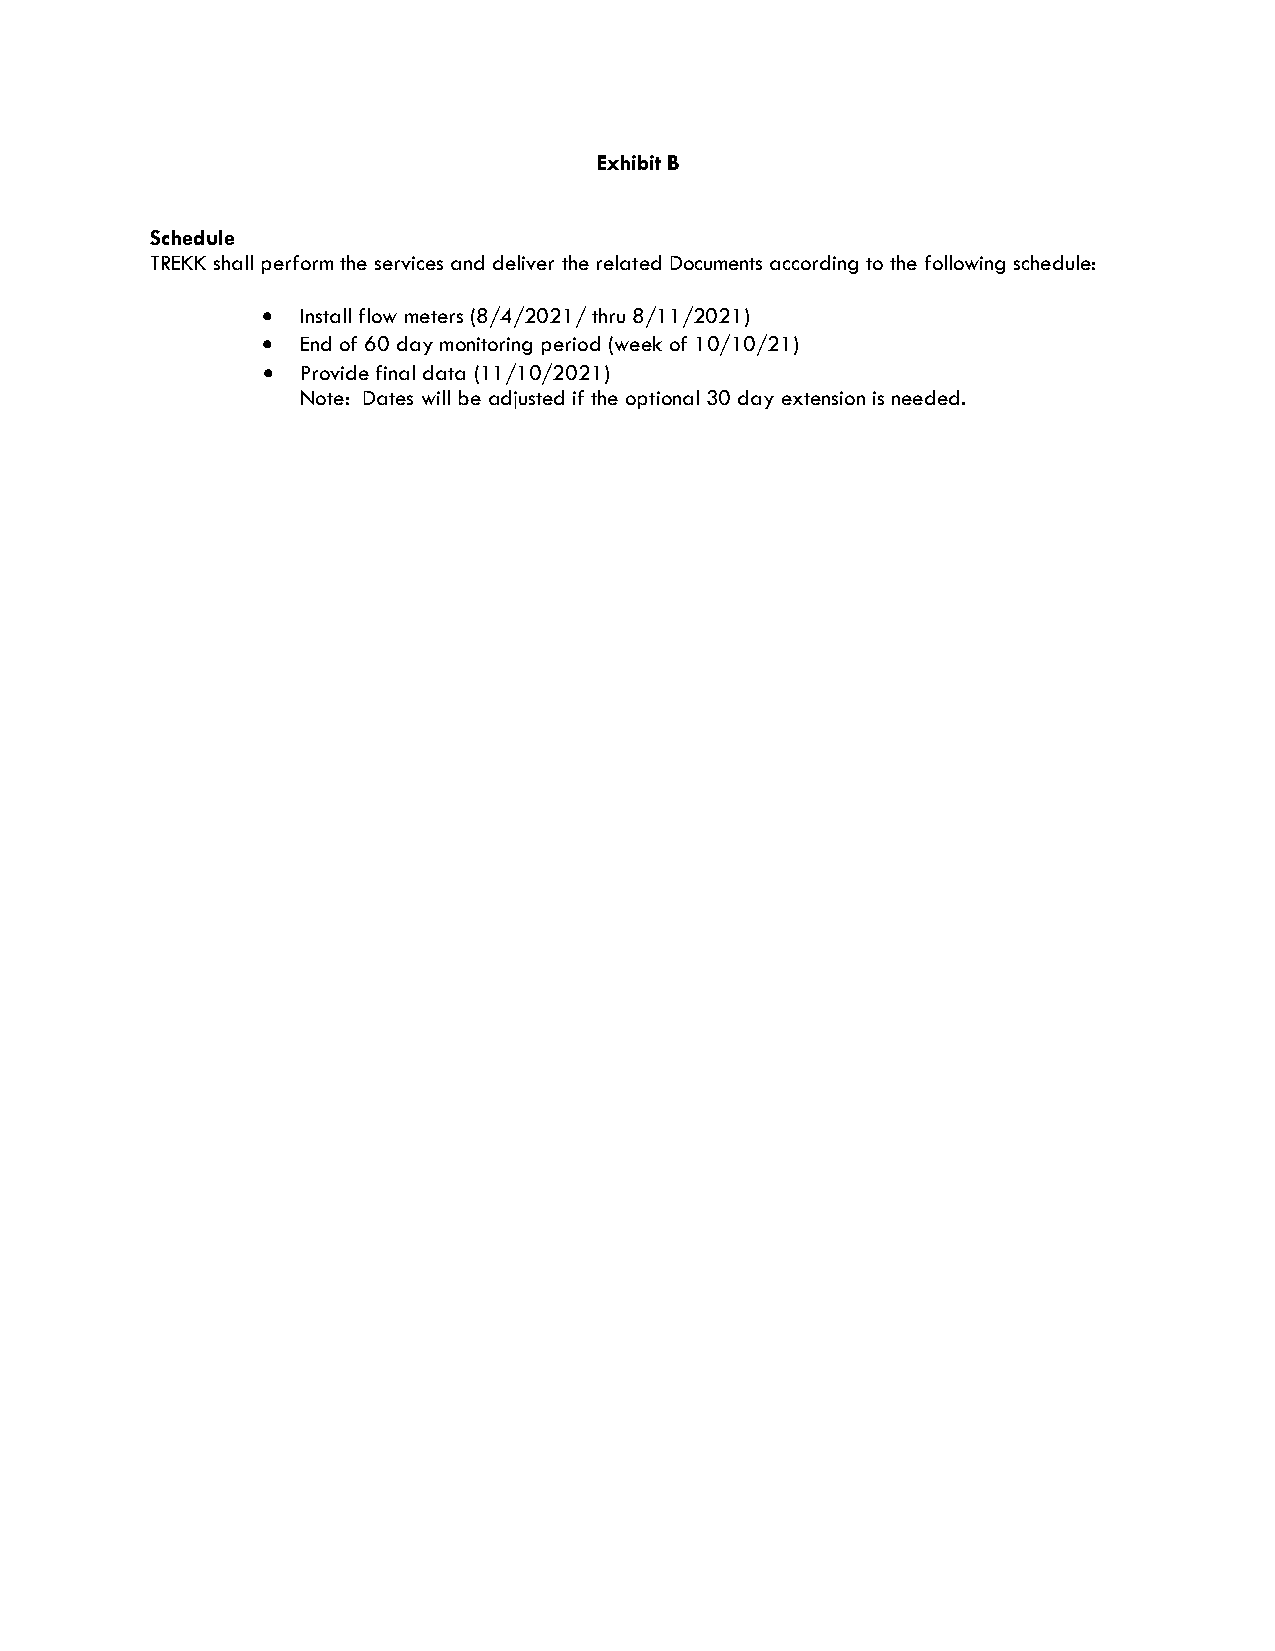
Exhibit B
 Schedule
 TREKK shall perform the services and deliver the related Documents according to the following schedule:
 •  Install flow meters (8/4/2021/ thru 8/11/2021)
 •  End of 60 day monitoring period (week of 10/10/21)
 •  Provide final data (11/10/2021)
 Note: Dates will be adjusted if the optional 30 day extension is needed.